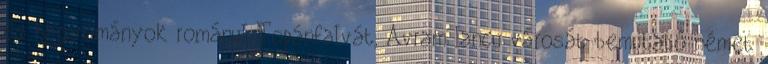
és hagyományok románul Topánfalvát, Avram Iancu városát bemutató német